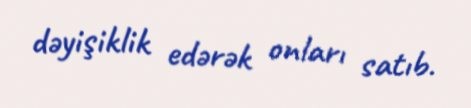
dəyişiklik edərək onları satıb.